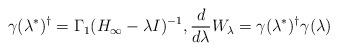
LaTeX: \begin{align*}\gamma(\lambda^*)^\dag=\Gamma_1(H_{\infty}-\lambda{I})^{-1}, \frac{d}{d\lambda}W_\lambda=\gamma(\lambda^*)^\dag\gamma(\lambda)\end{align*}